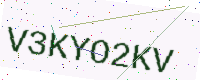
Text: V3KYO2KV